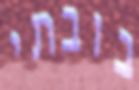
בובתי